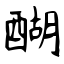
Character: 醐